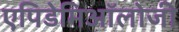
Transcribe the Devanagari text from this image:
एपिडेमिऑलोजी